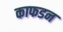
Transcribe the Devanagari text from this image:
काफडन